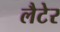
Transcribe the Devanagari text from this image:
लैटेर